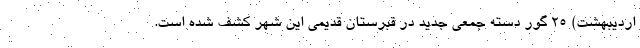
اردیبهشت) ۲۵ گور دسته جمعی جدید در قبرستان قدیمی این شهر کشف شده است.